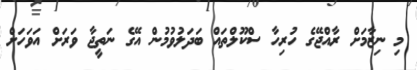
މި ނިޒާމަށް ރާއްޖޭގެ ހުރިހާ ސްކޫލްތައް ބަދަލުވުމުން އޭގެ ނަތީޖާ ވަރަށް އަވަހަށް